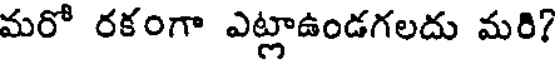
మరో రకంగా ఎట్లాఉండగలదు మరి?